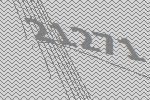
21271